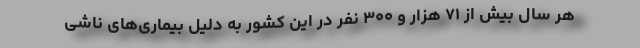
هر سال بیش از ۷۱ هزار و ۳۰۰ نفر در این کشور به دلیل بیماری‌های ناشی